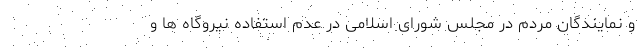
و نمایندگان مردم در مجلس شورای اسلامی در عدم استفاده نیروگاه ها و